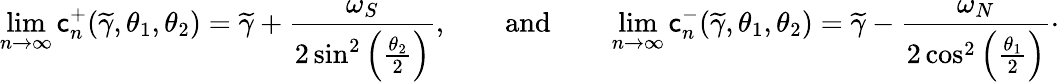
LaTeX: \operatorname*{lim}_{n\to\infty}\mathsf{c}_{n}^{+}(\widetilde{{\gamma}},\theta_{1},\theta_{2})=\widetilde{{\gamma}}+\frac{{\omega_{S}}}{{2\sin^{2}\left(\frac{{\theta_{2}}}{{2}}\right)}},\qquad\textnormal{and}\qquad\operatorname*{lim}_{n\to\infty}\mathsf{c}_{n}^{-}(\widetilde{{\gamma}},\theta_{1},\theta_{2})=\widetilde{{\gamma}}-\frac{{\omega_{N}}}{{2\cos^{2}\left(\frac{{\theta_{1}}}{{2}}\right)}}\cdot